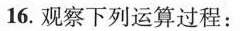
16.观察下列运算过程：